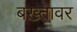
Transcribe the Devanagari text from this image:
बख़्तावर